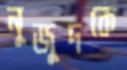
নুজুদকে